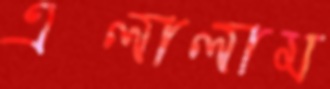
এলালাম